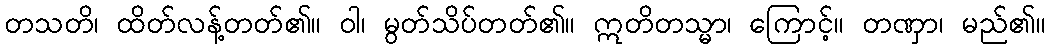
တသတိ၊ ထိတ်လန့်တတ်၏။ ဝါ၊ မွတ်သိပ်တတ်၏။ ဣတိတသ္မာ၊ ကြောင့်။ တဏှာ၊ မည်၏။